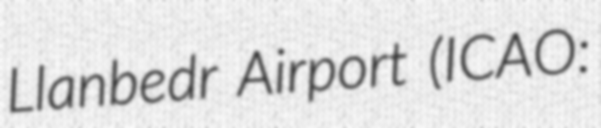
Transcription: Llanbedr Airport (ICAO: